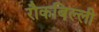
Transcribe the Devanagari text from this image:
रौकबिल्ली